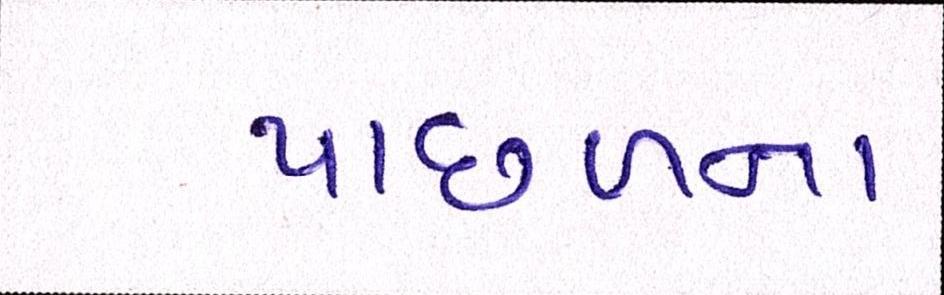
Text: પાછળના